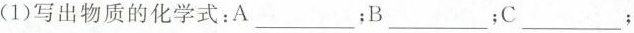
(1)写出物质的化学式：___A；B___；C___；